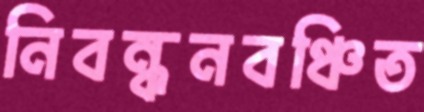
নিবন্ধনবঞ্চিত